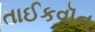
તાઈકવૉન